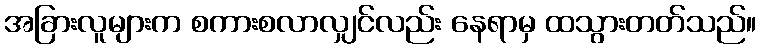
အခြားလူများက စကားစလာလျှင်လည်း နေရာမှ ထသွားတတ်သည်။